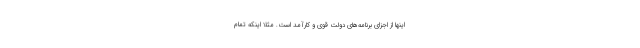
اینها از اجزای برنامه‌های دولت قوی و کارآمد است. مثلاً اینکه تمام